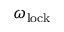
\omega _ { \mathrm { l o c k } }